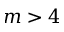
m > 4